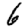
Digit: 6